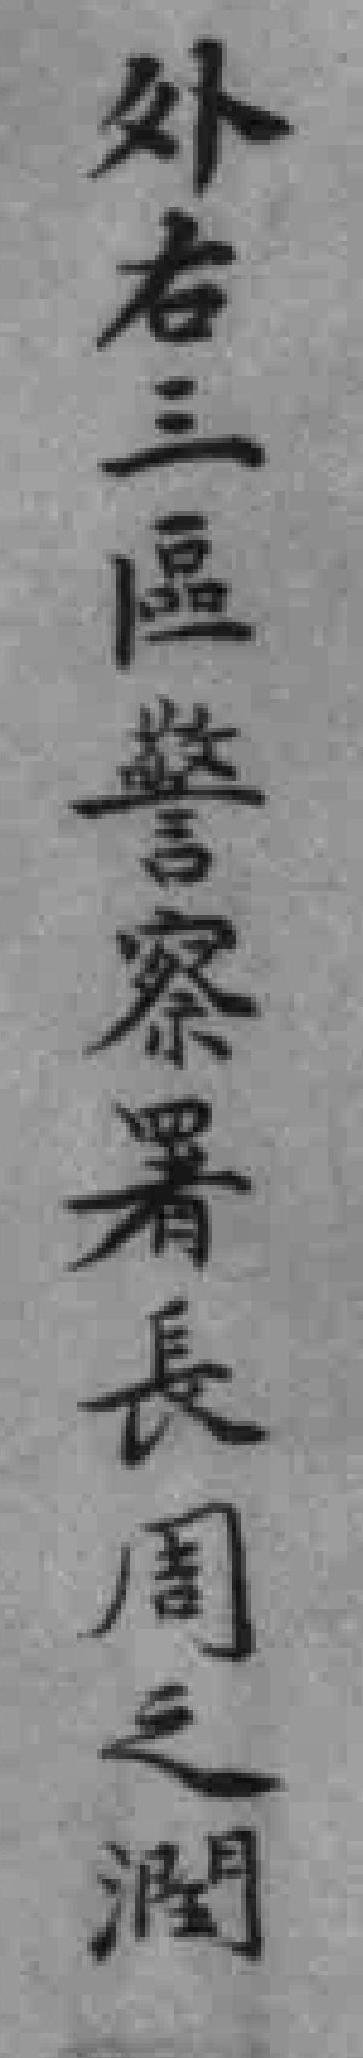
外右三區警察署長周之潤